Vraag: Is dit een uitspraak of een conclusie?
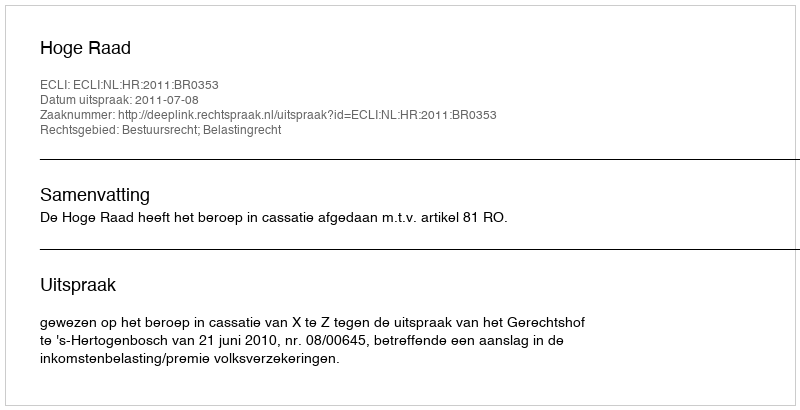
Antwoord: Uitspraak